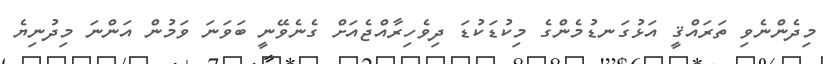
މިދެންނެވި ތަރައްޤީ އަޅުގަނޑުމެންގެ މިކުޑަކުޑަ ދިވެހިރާއްޖެއަށް ގެނެވޭނީ ބަވަނަ ވަމުން އަންނަ މިދުނިޔެ